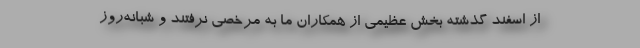
از اسفند گذشته بخش عظیمی از همکاران ما به مرخصی نرفتند و شبانه‌روز